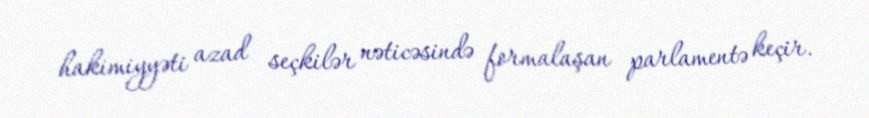
hakimiyyəti azad seçkilər nəticəsində formalaşan parlamentə keçir.